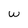
Character: W